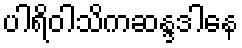
ပါရိဝါသိကဆန္ဒဒါနေ